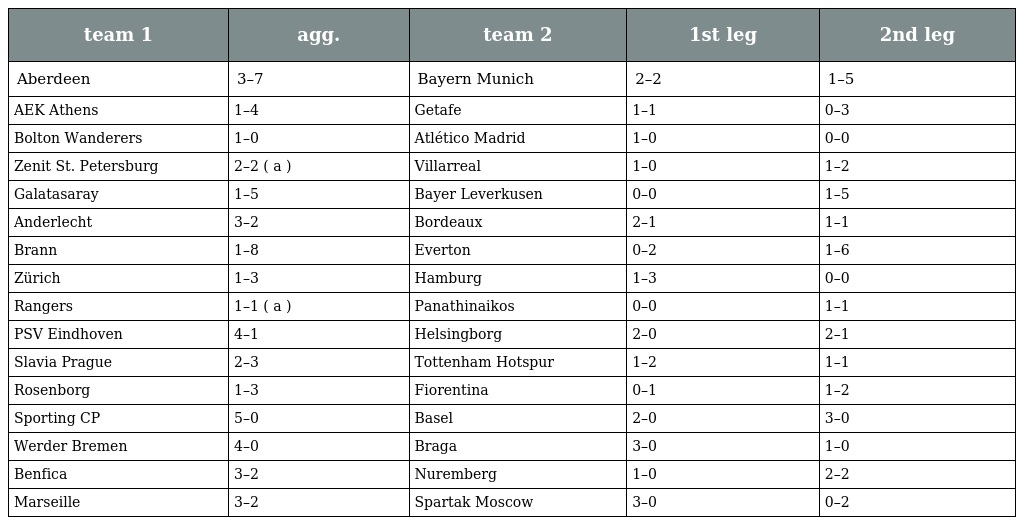
| team 1 | agg. | team 2 | 1st leg | 2nd leg |
 | --- | --- | --- | --- | --- |
 | Aberdeen | 3–7 | Bayern Munich | 2–2 | 1–5 |
 | AEK Athens | 1–4 | Getafe | 1–1 | 0–3 |
 | Bolton Wanderers | 1–0 | Atlético Madrid | 1–0 | 0–0 |
 | Zenit St. Petersburg | 2–2 ( a ) | Villarreal | 1–0 | 1–2 |
 | Galatasaray | 1–5 | Bayer Leverkusen | 0–0 | 1–5 |
 | Anderlecht | 3–2 | Bordeaux | 2–1 | 1–1 |
 | Brann | 1–8 | Everton | 0–2 | 1–6 |
 | Zürich | 1–3 | Hamburg | 1–3 | 0–0 |
 | Rangers | 1–1 ( a ) | Panathinaikos | 0–0 | 1–1 |
 | PSV Eindhoven | 4–1 | Helsingborg | 2–0 | 2–1 |
 | Slavia Prague | 2–3 | Tottenham Hotspur | 1–2 | 1–1 |
 | Rosenborg | 1–3 | Fiorentina | 0–1 | 1–2 |
 | Sporting CP | 5–0 | Basel | 2–0 | 3–0 |
 | Werder Bremen | 4–0 | Braga | 3–0 | 1–0 |
 | Benfica | 3–2 | Nuremberg | 1–0 | 2–2 |
 | Marseille | 3–2 | Spartak Moscow | 3–0 | 0–2 |